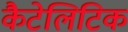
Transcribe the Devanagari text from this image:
कैटेलिटिक